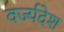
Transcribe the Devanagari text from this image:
वर्ज्यदेश